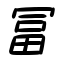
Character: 冨